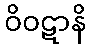
ဝိဝဋာနိ